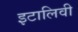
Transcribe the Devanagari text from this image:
इटालिवी